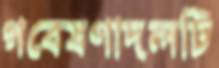
গবেষণাদলটি